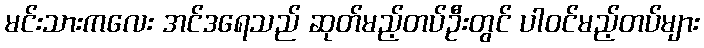
မင်းသားကလေး အင်ဒရေသည် ဆုတ်မည့်တပ်ဦးတွင် ပါဝင်မည့်တပ်များ